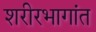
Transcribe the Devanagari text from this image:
शरीरभागांत